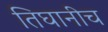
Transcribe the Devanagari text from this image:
तिघानीच